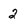
Character: 2